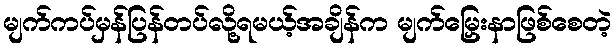
မျက်ကပ်မှန်ပြန်တပ်လို့ရမယ့်အချိန်က မျက်မြှေးနာဖြစ်စေတဲ့